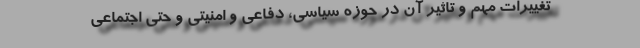
تغییرات مهم و تاثیر آن در حوزه سیاسی، دفاعی و امنیتی و حتی اجتماعی